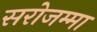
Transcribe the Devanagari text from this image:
सरोजम्मा